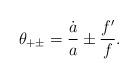
LaTeX: \begin{align*}\theta_{+\pm} = {\dot{a}\over a} \pm {f'\over f}.\end{align*}